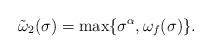
LaTeX: \begin{align*}\tilde{\omega}_{2}(\sigma)=\max\{\sigma^{\alpha},\omega_{f}(\sigma)\}.\end{align*}